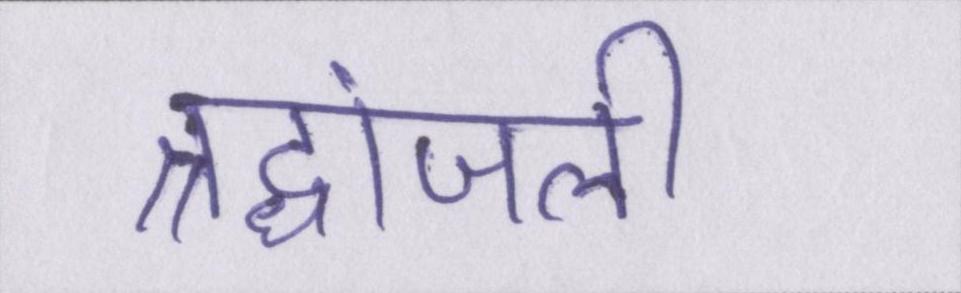
श्रद्धांजली